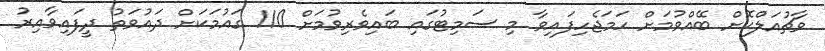
ވާޗުއަލްކޮށް ބޭއްވުމަށް ހަމަޖެހިފައިވާ މި ސަމިޓުގައި ބައިވެރިވުމަށް 110 ގައުމަކަށް ދައުވަތު ދީފައިވާއިރު